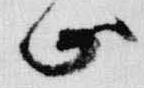
止